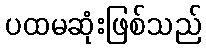
ပထမဆုံးဖြစ်သည်